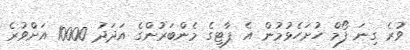
ވުރެ ގިނަ ފޯމް ހުށަހެޅުމުން އެ ޕާޓީގެ މެންބަރުންގެ އަދަދު 10000 އަށްވުރެ